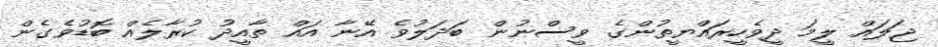
ޖަލައް ލީމަ ދީވެހީރައްޔީތުންގެ ވީސްނުން ބަދަލުވެ އޭނާ އައް ތާއީދު ކުރާލެއް ބޮޑުވެގެން